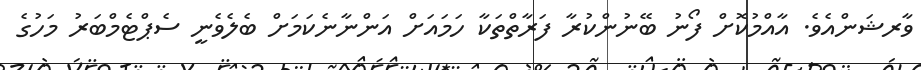
ވާރޝަންއެވެ. އާއްމުކޮށް ފޯނު ބޭނުންކުރާ ފަރާތްތަކާ ހަމައަށް އަންނާނެކަމަށް ބެލެވެނީ ސެޕްޓެމްބަރު މަހުގެ